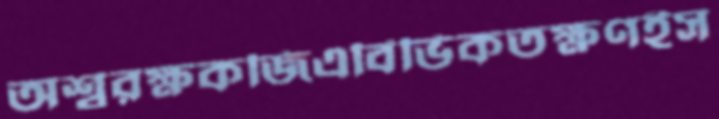
অশ্বরক্ষকজিএবিভিকতক্ষণইস